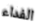
الفداء